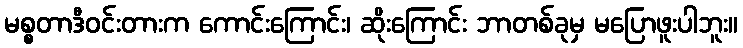
မစ္စတာဒီဝင်းတားက ကောင်းကြောင်း၊ ဆိုးကြောင်း ဘာတစ်ခုမှ မပြောဖူးပါဘူး။